Report on vaccination in Madras 1922-1929 - 1922-1929
Year: 1922
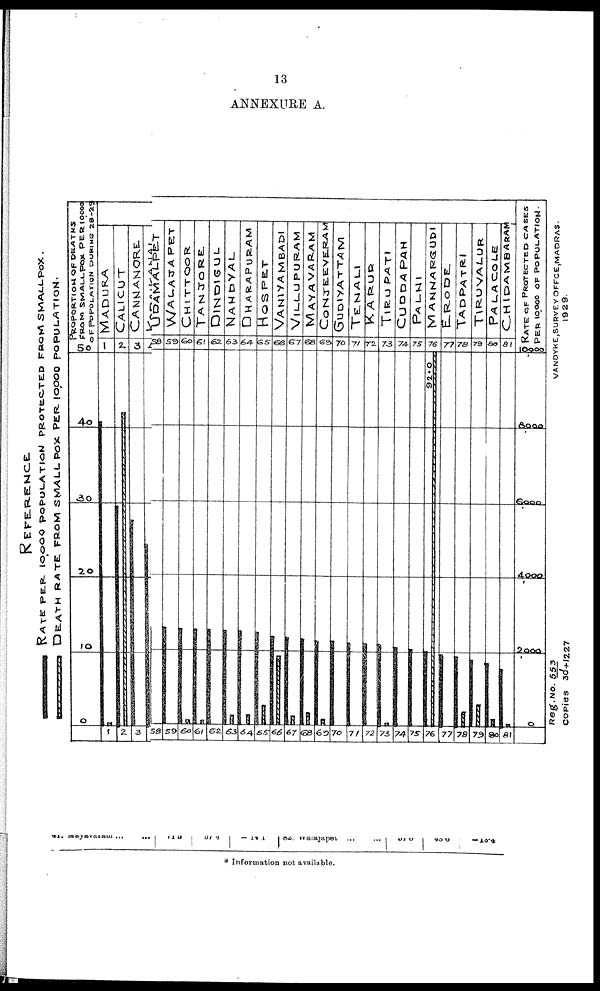
13
ANNEXURE A.